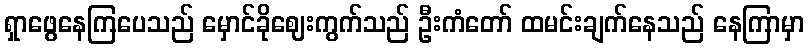
ရှာဖွေနေကြပေသည် မှောင်ခိုဈေးကွက်သည် ဦးကံတော် ထမင်းချက်နေသည် နေကြာမှာ